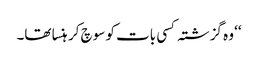
‘‘ وہ گزشتہ کسی بات کو سوچ کر ہنسا تھا۔